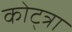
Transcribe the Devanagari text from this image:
कोट्त्रा